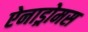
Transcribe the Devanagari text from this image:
ऐनाड्रोमस